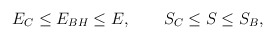
\begin{align*}E_C \le E_{BH} \le E, \qquad S_C \le S \le S_B,\end{align*}